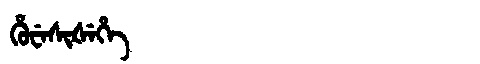
Manchu: ᡥᡠᠸᡝᠰᡳᡧᡝᡥᡝ
Romanization: HUWESIŠEHE